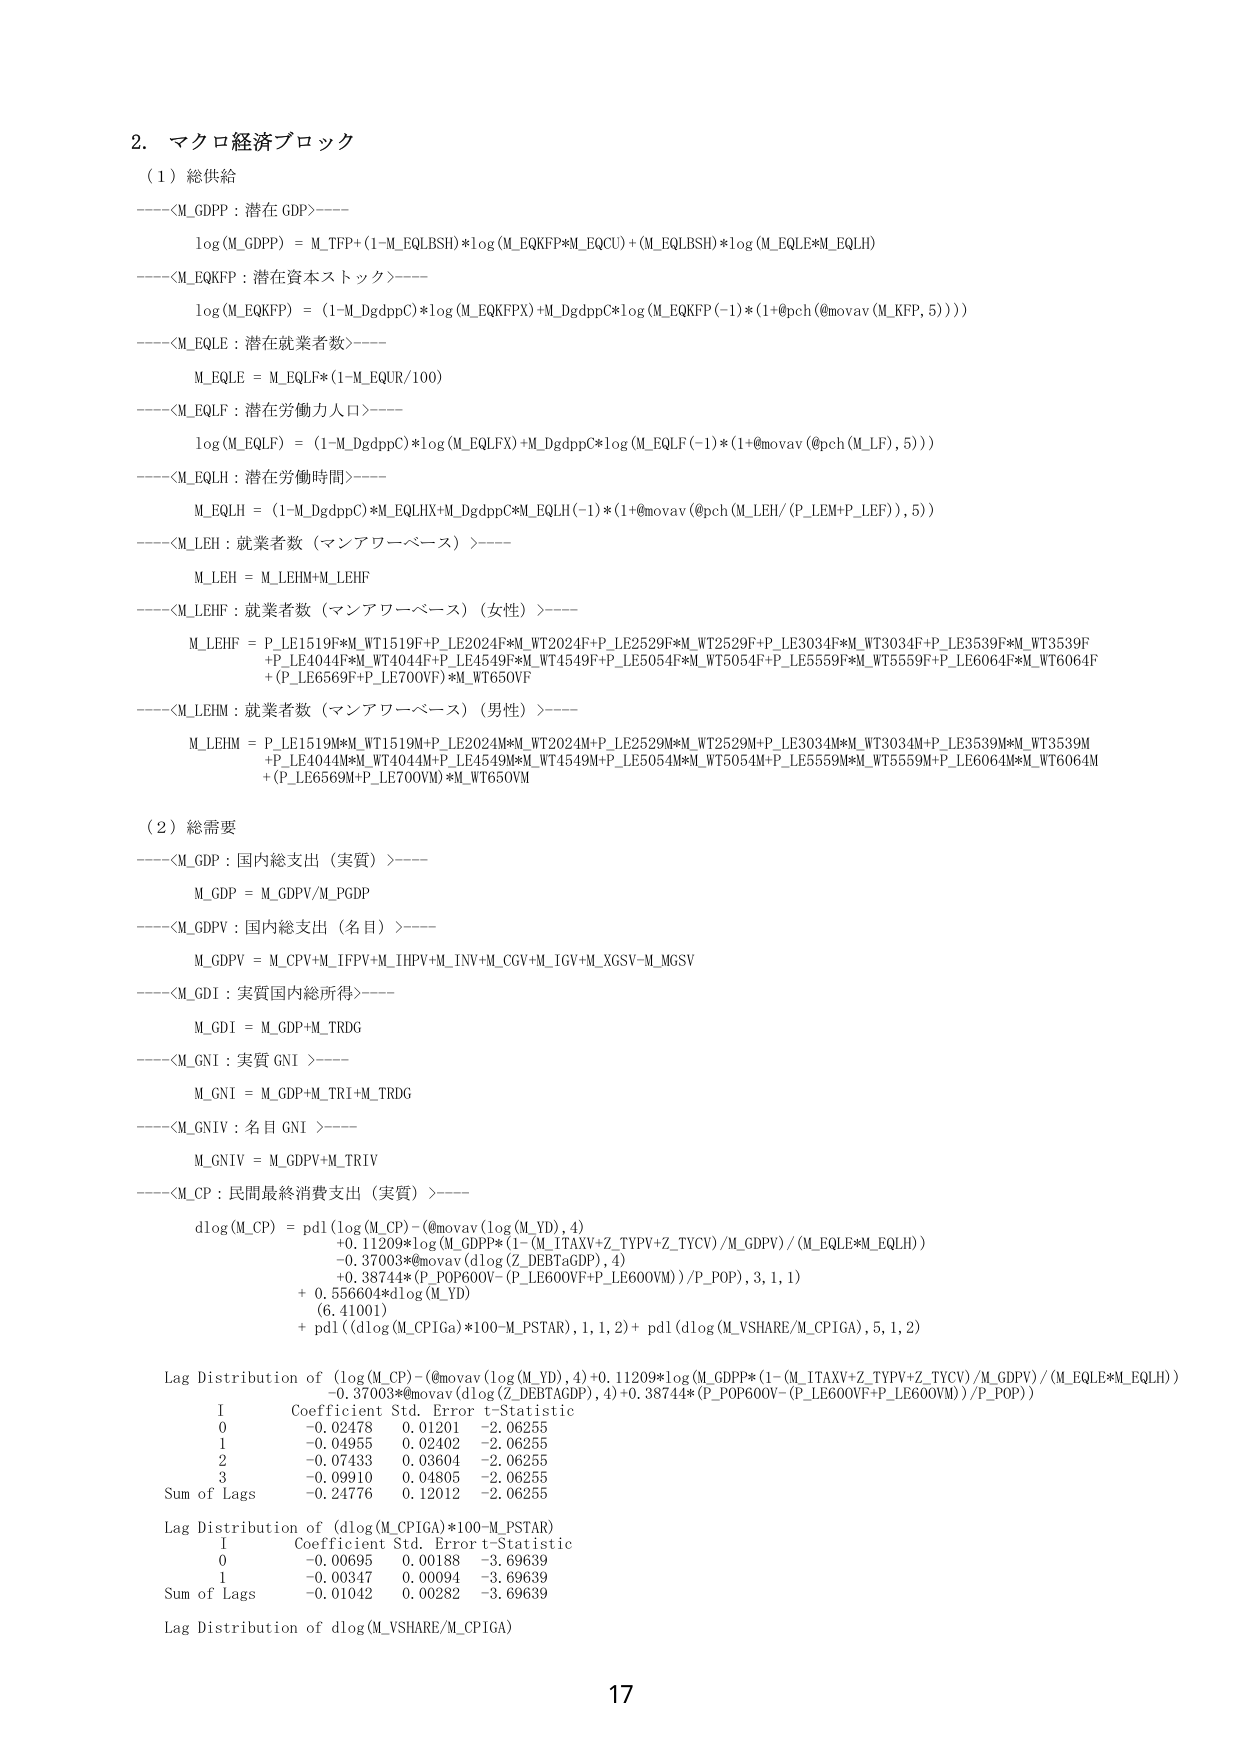
2. マクロ経済ブロック

（1）総供給

----<M_GDPP : 潜在GDP>----
log(M_GDPP) = M_TFP + (1-M_EQLBSH)*log(M_EQKFP*M_EQCU) + (M_EQLBSH)*log(M_EQLE*M_EQLH)

----<M_EQKFP : 潜在資本ストック>----
log(M_EQKFP) = (1-M_DgdppC)*log(M_EQKFPX) + M_DgdppC*log(M_EQKFP(-1)*(1+@pch(@movav(M_KFP,5))))

----<M_EQLE : 潜在就業者数>----
M_EQLE = M_EQLF*(1-M_EQUR/100)

----<M_EQLF : 潜在労働力人口>----
log(M_EQLF) = (1-M_DgdppC)*log(M_EQLFX) + M_DgdppC*log(M_EQLF(-1)*(1+@movav(@pch(M_LF),5)))

----<M_EQLH : 潜在労働時間>----
M_EQLH = (1-M_DgdppC)*M_EQLHX + M_DgdppC*M_EQLH(-1)*(1+@movav(@pch(M_LEH/(P_LEM+P_LEF)),5))

----<M_LEH : 就業者数（マンアワーベース）>----
M_LEH = M_LEHM + M_LEHF

----<M_LEHF : 就業者数（マンアワーベース）（女性）>----
M_LEHF = P_LE1519F*M_WT1519F + P_LE2024F*M_WT2024F + P_LE2529F*M_WT2529F + P_LE3034F*M_WT3034F + P_LE3539F*M_WT3539F
+ P_LE4044F*M_WT4044F + P_LE4549F*M_WT4549F + P_LE5054F*M_WT5054F + P_LE5559F*M_WT5559F + P_LE6064F*M_WT6064F
+ (P_LE6569F + P_LE70OVF)*M_WT65OVF

----<M_LEHM : 就業者数（マンアワーベース）（男性）>----
M_LEHM = P_LE1519M*M_WT1519M + P_LE2024M*M_WT2024M + P_LE2529M*M_WT2529M + P_LE3034M*M_WT3034M + P_LE3539M*M_WT3539M
+ P_LE4044M*M_WT4044M + P_LE4549M*M_WT4549M + P_LE5054M*M_WT5054M + P_LE5559M*M_WT5559M + P_LE6064M*M_WT6064M
+ (P_LE6569M + P_LE70OVM)*M_WT65OVM

（2）総需要

----<M_GDP : 国内総支出（実質）>----
M_GDP = M_GDPV/M_PGDV

----<M_GDPV : 国内総支出（名目）>----
M_GDPV = M_CPV + M_IFPV + M_IHPV + M_INV + M_CGV + M_IGV + M_XGSV - M_MGSV

----<M_GDI : 実質国内総所得>----
M_GDI = M_GDP + M_TRDG

----<M_GNI : 実質GNI>----
M_GNI = M_GDP + M_TRI + M_TRDG

----<M_GNIV : 名目GNI>----
M_GNIV = M_GDPV + M_TRIV

----<M_CP : 民間最終消費支出（実質）>----
dlog(M_CP) = pdl(log(M_CP) - (@movav(log(M_YD),4)
+ 0.11209*log(M_GDPP*(1-(M_ITAXV+Z_TYPV+Z_TYCV)/M_GDPV)/(M_EQLE*M_EQLH))
- 0.37003*@movav(dlog(Z_DEBTaGDP),4)
+ 0.38744*(P_POP600V - (P_LE600VF + P_LE600VM))/P_POP), 3, 1, 1)
+ 0.556604*dlog(M_YD)
(6, 41001)
+ pdl((dlog(M_CPIGA)*100 - M_PSTAR), 1, 1, 2)
+ pdl(dlog(M_VSHARE/M_CPIGA), 5, 1, 2)

Lag Distribution of (log(M_CP) - (@movav(log(M_YD),4) + 0.11209*log(M_GDPP*(1-(M_ITAXV+Z_TYPV+Z_TYCV)/M_GDPV)/(M_EQLE*M_EQLH)) - 0.37003*@movav(dlog(Z_DEBTaGDP),4) + 0.38744*(P_POP600V - (P_LE600VF + P_LE600VM))/P_POP))
I Coefficient Std. Error t-Statistic
0 -0.02478 0.01201 -2.06255
1 -0.04955 0.02402 -2.06255
2 -0.07433 0.03604 -2.06255
3 -0.09910 0.04805 -2.06255
Sum of Lags -0.24776 0.12012 -2.06255

Lag Distribution of (dlog(M_CPIGA)*100 - M_PSTAR)
I Coefficient Std. Error t-Statistic
0 -0.00695 0.00188 -3.69639
1 -0.00347 0.00094 -3.69639
Sum of Lags -0.01042 0.00282 -3.69639

Lag Distribution of dlog(M_VSHARE/M_CPIGA)

17